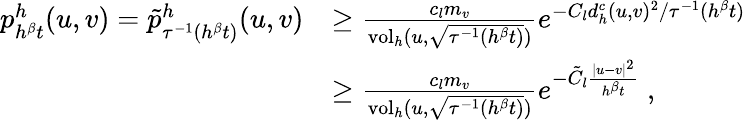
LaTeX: \begin{array}{rl}{p_{h^{\beta}t}^{h}(u,v)=\tilde{p}_{\tau^{-1}(h^{\beta}t)}^{h}(u,v)}&{\geq\frac{c_{l}m_{v}}{\operatorname{vol}_{h}(u,\sqrt{\tau^{-1}(h^{\beta}t)})}e^{-C_{l}d_{h}^{c}(u,v)^{2}/\tau^{-1}(h^{\beta}t)}}\\ &{\geq\frac{c_{l}m_{v}}{\operatorname{vol}_{h}(u,\sqrt{\tau^{-1}(h^{\beta}t)})}e^{-\tilde{C}_{l}\frac{\lvert u-v\rvert^{2}}{h^{\beta}t}}\ ,}\end{array}